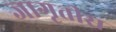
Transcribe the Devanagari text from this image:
जागृतीस